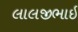
લાલજીભાઇ